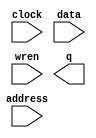
module game_background (
	address,
	clock,
	data,
	wren,
	q);

	input	[14:0]  address;
	input	  clock;
	input	[8:0]  data;
	input	  wren;
	output	[8:0]  q;
`ifndef ALTERA_RESERVED_QIS
// synopsys translate_off
`endif
	tri1	  clock;
`ifndef ALTERA_RESERVED_QIS
// synopsys translate_on
`endif

endmodule